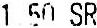
1.50 SR